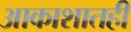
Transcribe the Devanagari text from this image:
आकाशातही